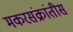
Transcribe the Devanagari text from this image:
मकरसंक्रांतीस